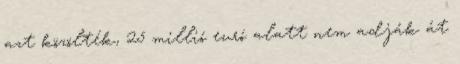
azt közölték, 25 millió euró alatt nem adják át